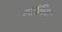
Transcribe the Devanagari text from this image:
एटोनियो